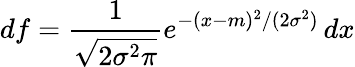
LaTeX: df={\frac{1}{\sqrt{2\sigma^{2}\pi}}}e^{-(x-m)^{2}/(2\sigma^{2})}\, dx